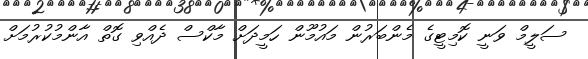
ސަލީމް ވަނީ ކޮމިޓީގެ މެންބަރުން މައުމޫން ހަމީދަށް މާކްސް ދެއްވި ގޮތް އާންމުކުރުމަށް